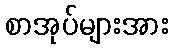
စာအုပ်များအား